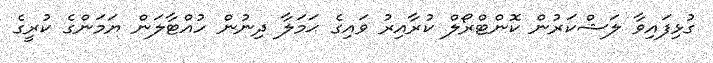
ގުޅިފައިވާ ލަޝްކަރުން ކޮންޓްރޯލް ކުރާއިރު ވައިގެ ޙަމަލާ ދިނުން ހުއްޓާލަން ޔަމަންގެ ކުރީގެ